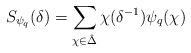
LaTeX: \begin{align*}S_{\psi_q}(\delta)=\sum_{\chi\in\hat \Delta} \chi(\delta^{-1})\psi_q(\chi)\end{align*}